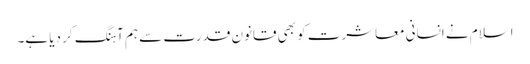
اسلام نے انسانی معاشرت کو بھی قانون قدرت سے ہم آہنگ کر دیا ہے۔